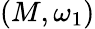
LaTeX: (M,\omega_{1})